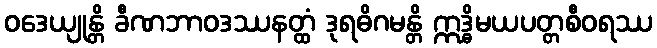
ဝဒေယျုန္တိ ခီဏဘာဝဒဿနတ္ထံ ဒုရဓိဂမန္တိ ဣဒ္ဓိမယပတ္တစီဝရဿ